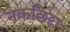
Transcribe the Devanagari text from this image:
नकछिद्दा